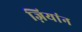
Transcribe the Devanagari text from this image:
ज़ियांन